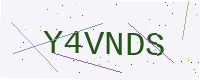
Text: Y4VNDS